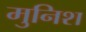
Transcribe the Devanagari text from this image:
मुनिश